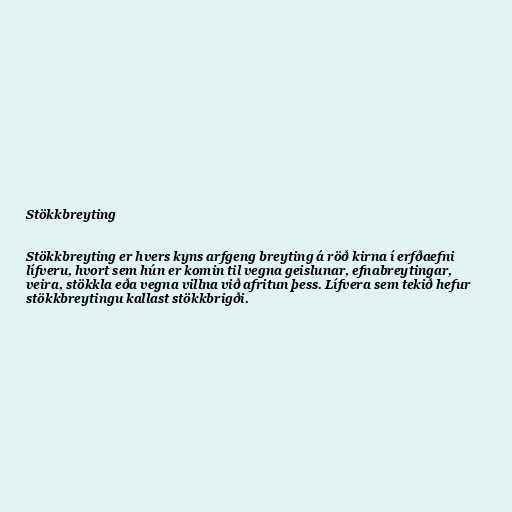
Stökkbreyting

Stökkbreyting er hvers kyns arfgeng breyting á röð kirna í erfðaefni
lífveru, hvort sem hún er komin til vegna geislunar, efnabreytingar,
veira, stökkla eða vegna villna við afritun þess. Lífvera sem tekið hefur
stökkbreytingu kallast stökkbrigði.